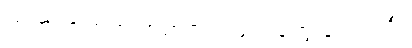
ကဲကဲ ရွာထဲက အတင်းအဖျင်းတွေ ပြောပါဦး